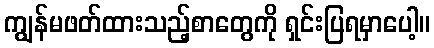
ကျွန်မဖတ်ထားသည့်စာတွေကို ရှင်းပြရမှာပေါ့။